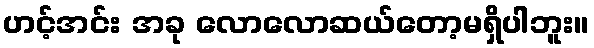
ဟင့်အင်း အခု လောလောဆယ်တော့မရှိပါဘူး။